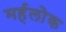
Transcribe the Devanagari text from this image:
मर्हलोक